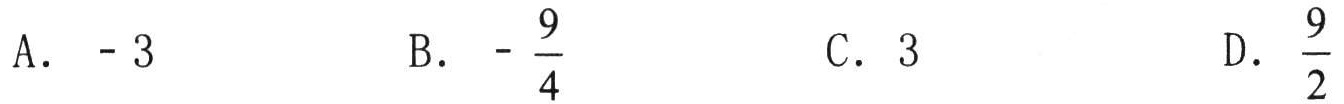
A. \(-3\)  B. \(-\frac{9}{4}\)  C. \(3\)  D. \(\frac{9}{2}\)